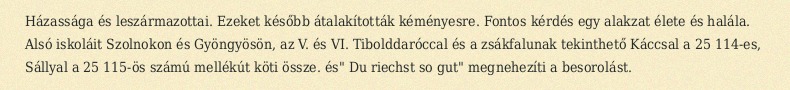
Házassága és leszármazottai. Ezeket később átalakították kéményesre. Fontos kérdés egy alakzat élete és halála. Alsó iskoláit Szolnokon és Gyöngyösön, az V. és VI. Tibolddaróccal és a zsákfalunak tekinthető Káccsal a 25 114-es, Sállyal a 25 115-ös számú mellékút köti össze. és" Du riechst so gut" megnehezíti a besorolást.